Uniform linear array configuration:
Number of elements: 16
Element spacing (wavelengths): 1
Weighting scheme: binomial
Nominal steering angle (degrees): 15
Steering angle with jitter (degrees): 15.094
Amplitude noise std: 0.05
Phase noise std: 0.05

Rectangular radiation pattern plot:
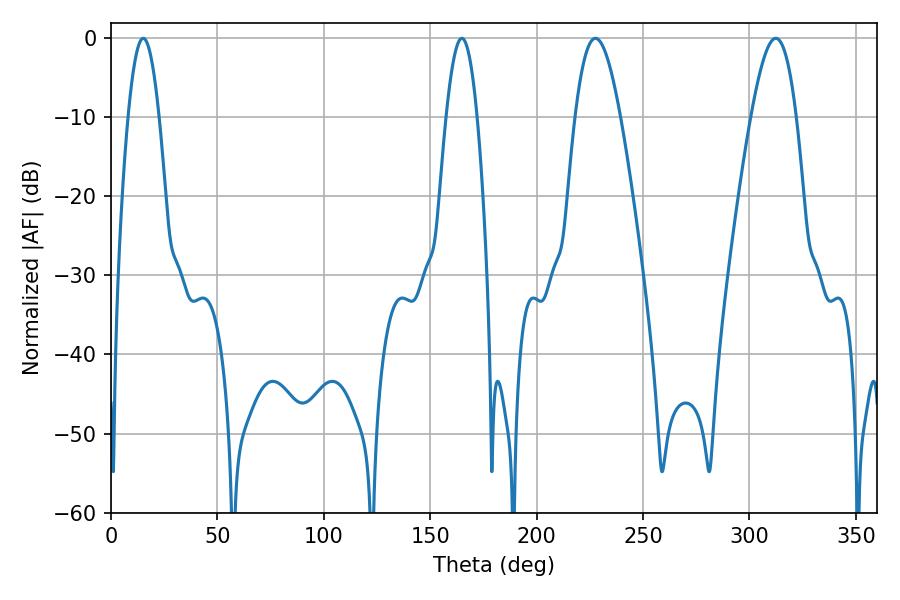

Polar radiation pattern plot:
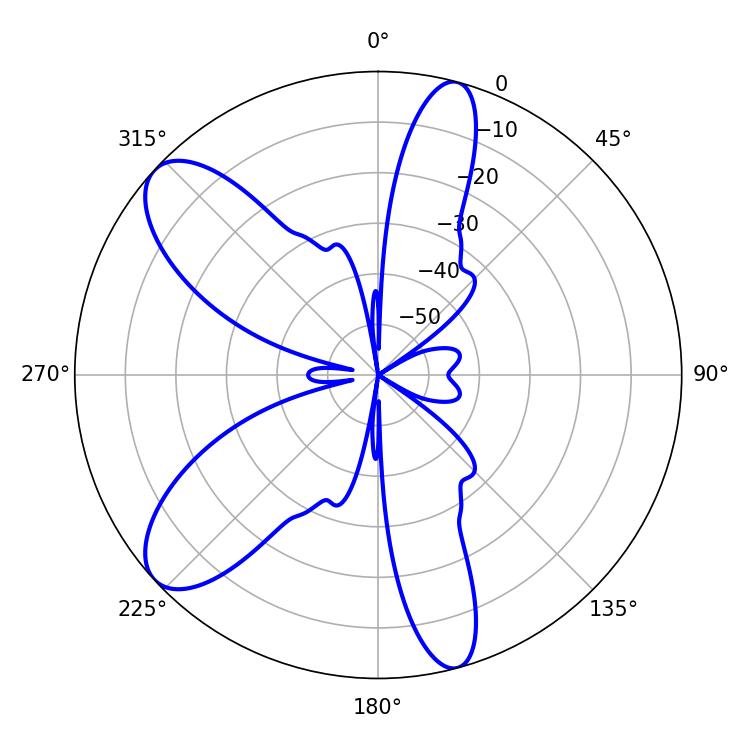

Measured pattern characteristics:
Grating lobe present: TRUE
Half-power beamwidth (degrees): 7.92
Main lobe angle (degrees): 15.12